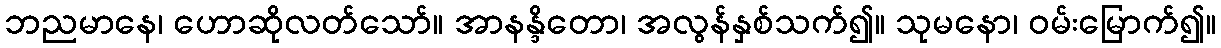
ဘညမာနေ၊ ဟောဆိုလတ်သော်။ အာနန္ဒိတော၊ အလွန်နှစ်သက်၍။ သုမနော၊ ဝမ်းမြောက်၍။